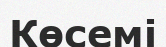
Көсемі